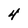
Character: 4